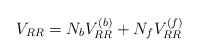
\begin{align*}V_{RR}=N_bV_{RR}^{(b)}+N_fV_{RR}^{(f)} \end{align*}